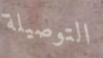
التوصيلة